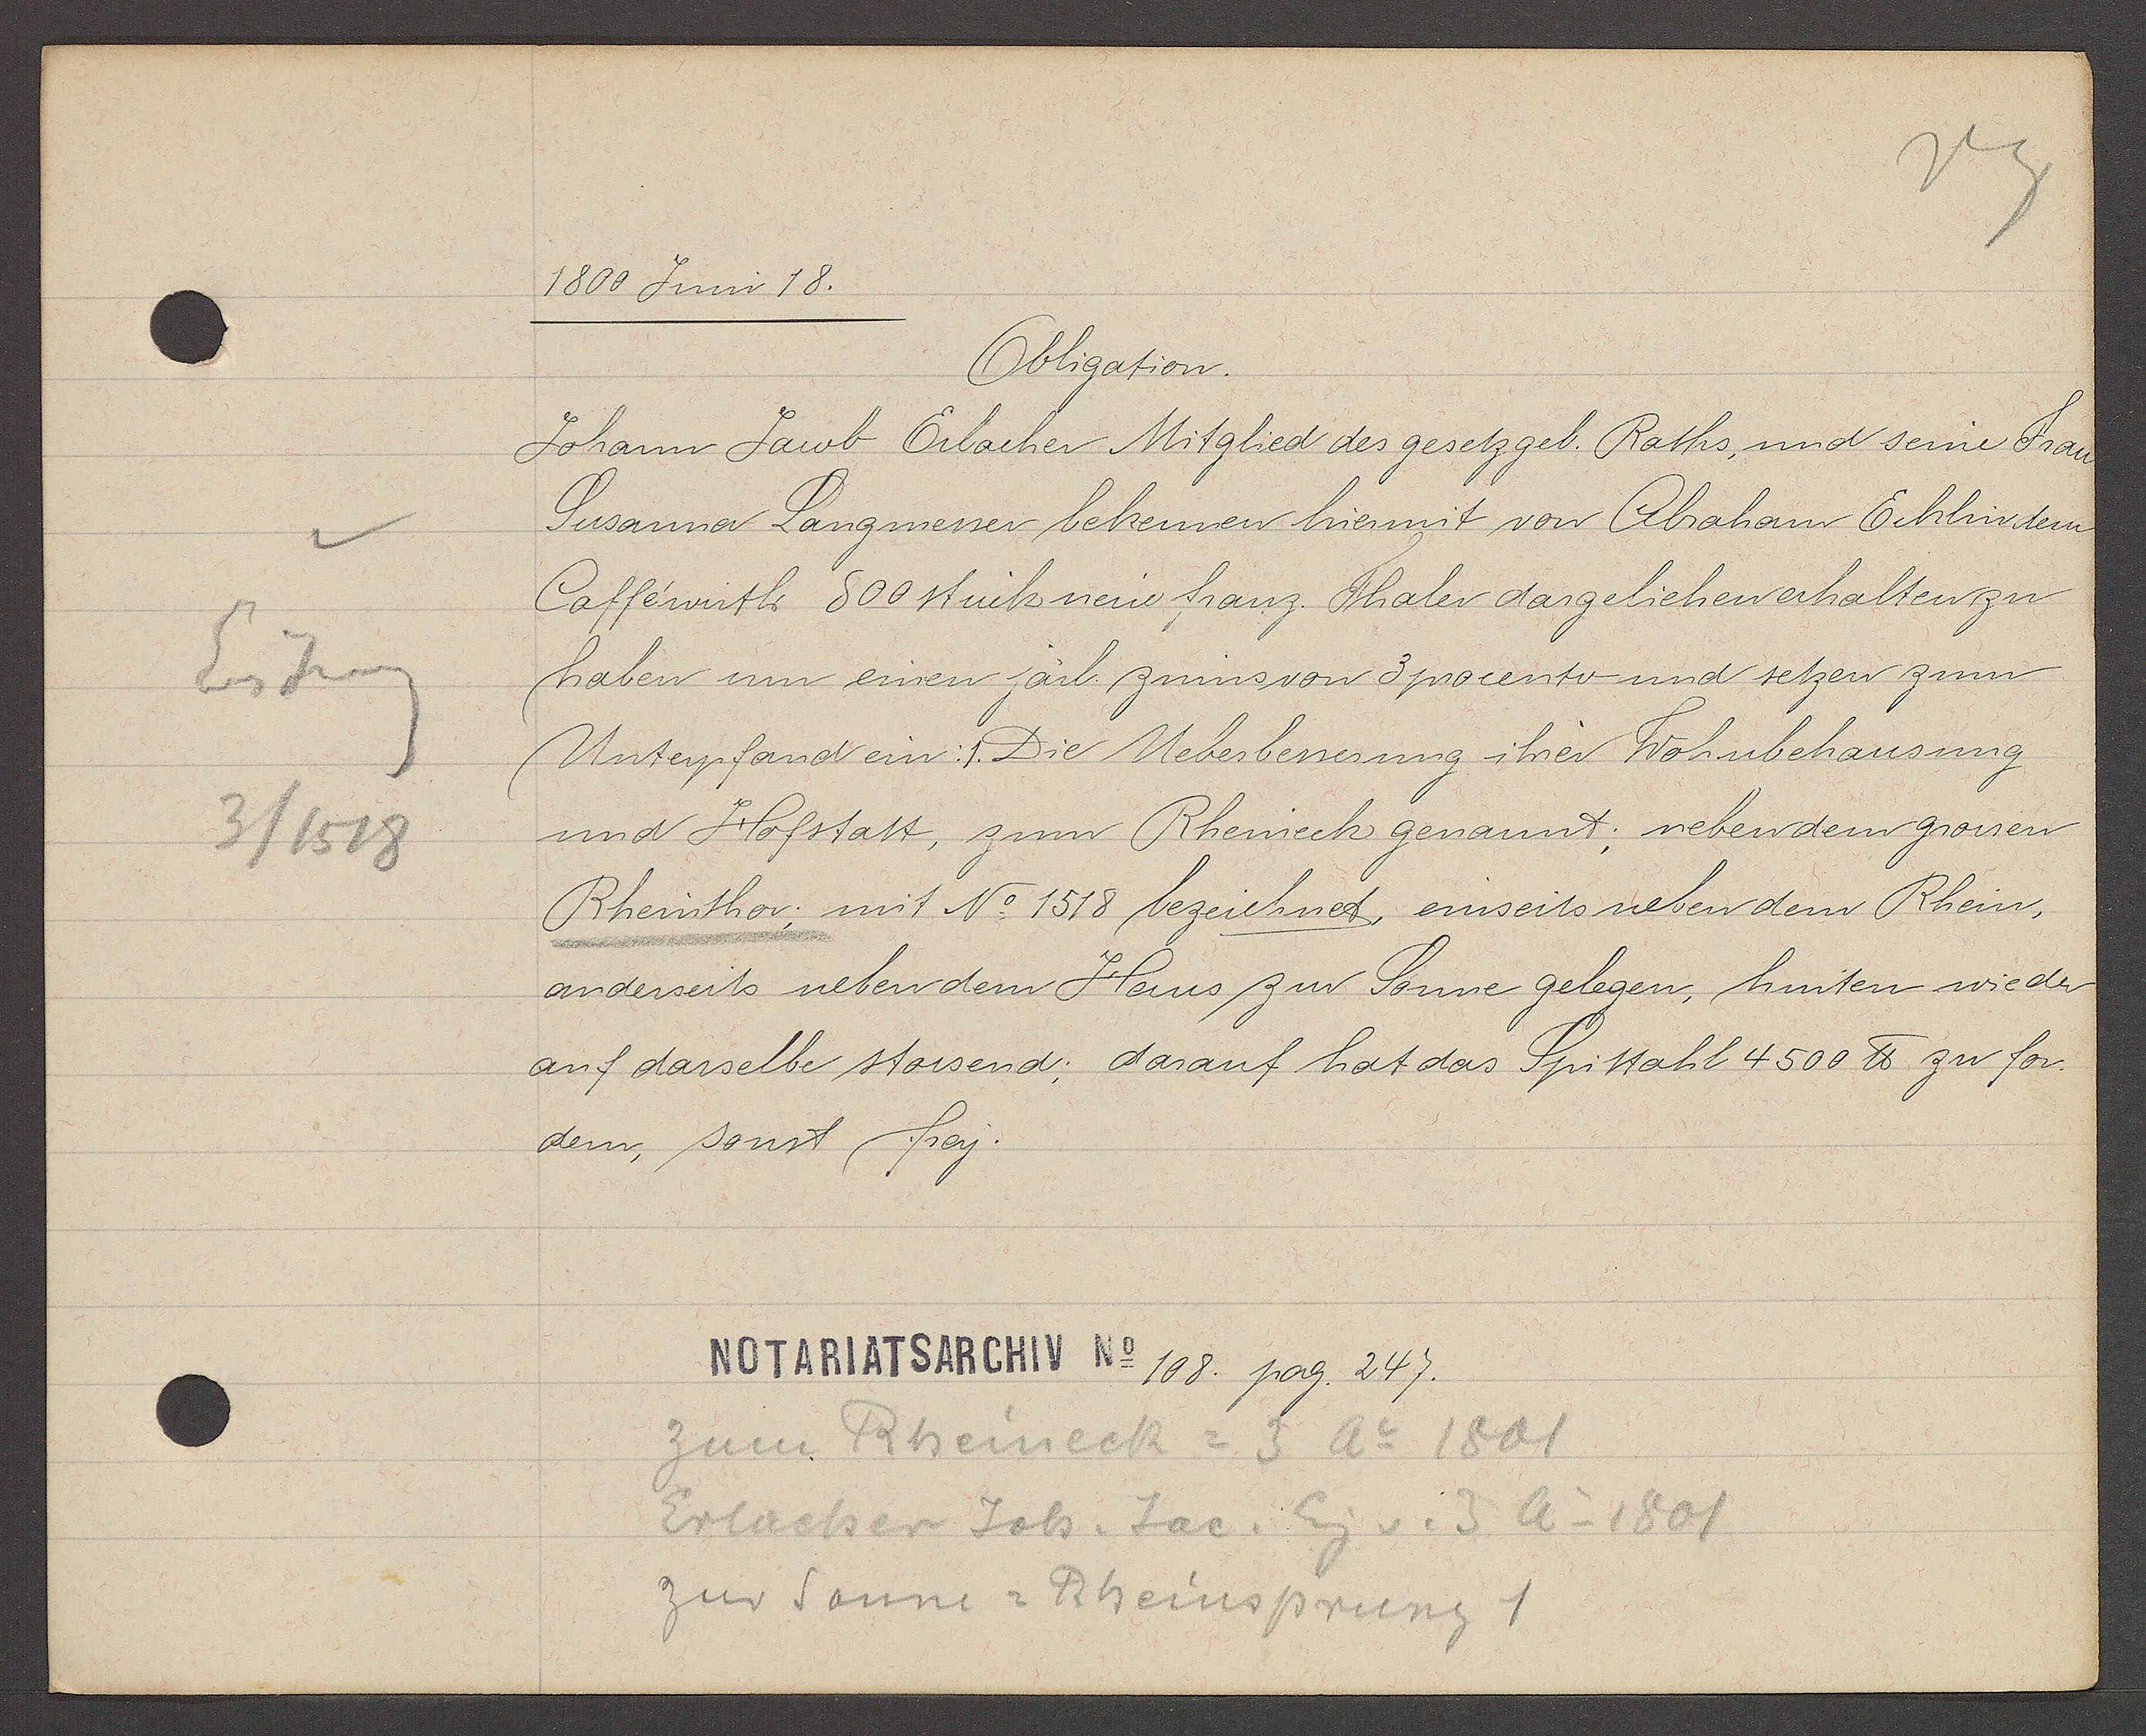
Transcript:
Eiseng
3 / 1518

1800 Juni 18.

Obligation.
Johann Jacob Erlacher Mitglied des gesetzgeb. Raths, und seine Frau
Susanna Langmesser bekennen hiermit von Abraham Ecklin dem
Cafféwirth 800 stück neüe franz. Thaler dargeliehen erhalten zu
haben um einen järl. zinns von 3 procento und setzen zum
Unterpfand ein: 1. Die Ueberbessesung ihrer Wohnbehausung
und Hofstatt, zum Rheineck genannt; neben dem grossen
Rheinthor; mit No 1518 bezeichnet, einseits neben dem Rhein,
anderseits neben dem Haus zur Sonne gelegen, hinten wieder
auf dasselbe stossend; darauf hat das Spittahl 4500 ℔ zu for-
dern, sonst frey.

Notariatsarchiv No. 108. pag. 247.

zum Rheineck = 3 Ao 1801
Erlacher Joh. Jac. Eig v. 3 Ao 1801
zur Sonne = Rheinsprung 1